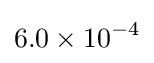
6.0\times 10^{-4}